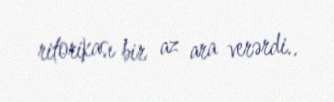
ritorikası bir az ara verərdi..